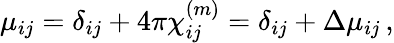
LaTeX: \mu_{ij}=\delta_{ij}+4\pi\chi_{ij}^{(m)}=\delta_{ij}+\Delta\mu_{ij}\, ,